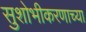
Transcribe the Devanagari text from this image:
सुशोभीकरणाच्या